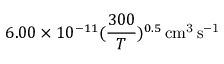
6 . 0 0 \times 1 0 ^ { - 1 1 } ( \frac { 3 0 0 } { T } ) ^ { 0 . 5 } \, \mathrm { c m ^ { 3 } \, s ^ { - 1 } }